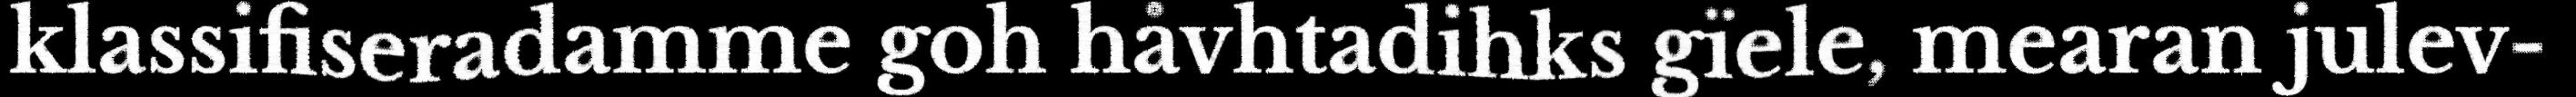
klassifiseradamme goh håvhtadihks gïele, mearan julev-